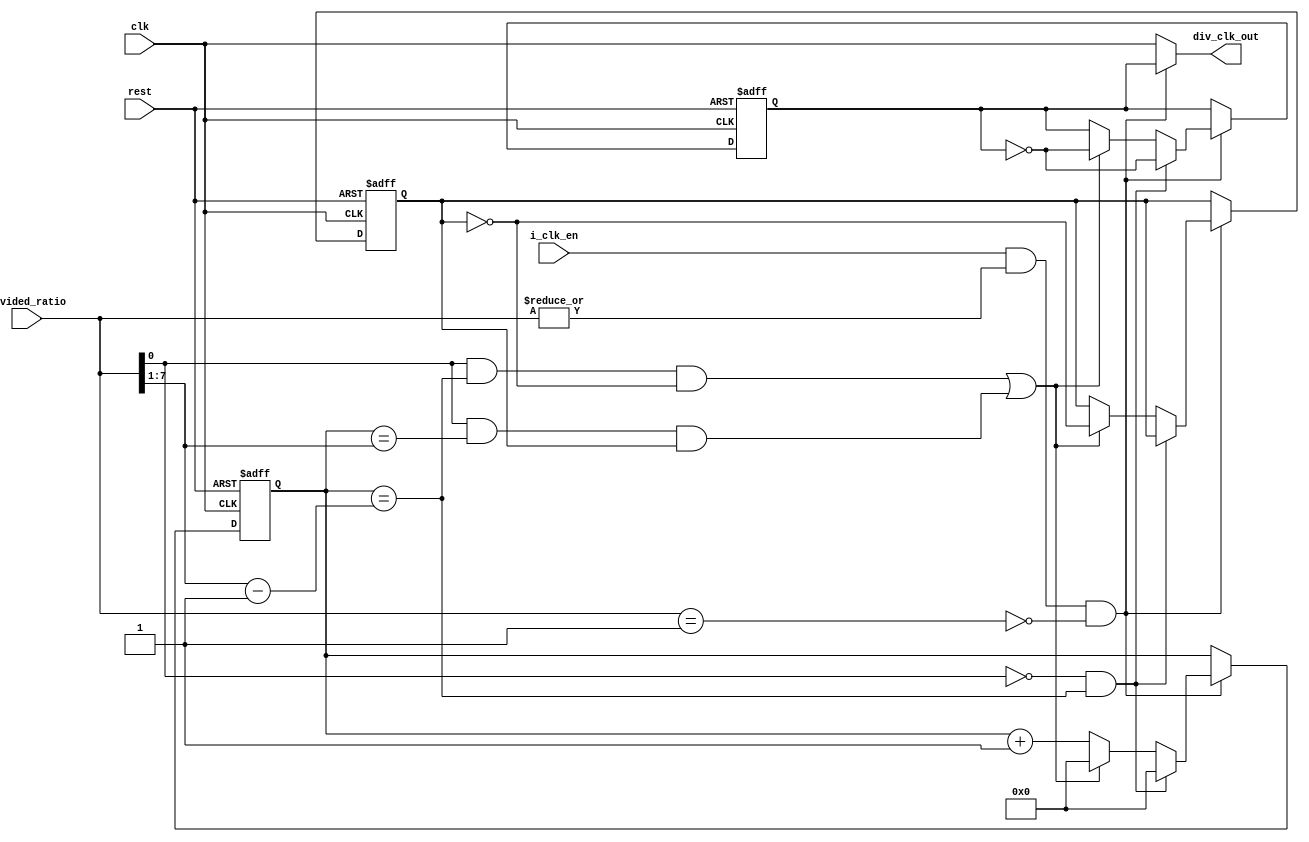
module clock_divider 
#( parameter ratio_width = 8)
(
input wire clk,
input wire rest,
input wire [ratio_width-1:0] divided_ratio,
input wire i_clk_en,
output wire div_clk_out
);


reg toggle_flag;
reg  div_clk;
reg [ratio_width-2:0] counter;
wire [ratio_width-2:0] first_toggle;
wire [ratio_width-2:0] second_toggle;


assign first_toggle = (divided_ratio >> 1)-1;    
assign second_toggle =  (divided_ratio >> 1) ;
assign clk_en = i_clk_en & |divided_ratio & ~(divided_ratio == 1'b1) ; 
assign div_clk_out = clk_en ? div_clk : clk;


always @(posedge clk , negedge rest)
begin
    if(!rest)
        begin
          counter <= 0;
          div_clk <= 0;
          toggle_flag <=0;
		 end
	else if (clk_en)
	   begin
	     if ( divided_ratio[0]==0 && counter==first_toggle)
		    begin
		       counter <= 0;
		       div_clk <= ~div_clk;
		    end
    
	      else if ((divided_ratio[0]==1 &&counter == first_toggle && toggle_flag == 0)||(divided_ratio[0]==1&&counter == second_toggle && toggle_flag ==1))  
		       begin                                                                                                
			    counter <= 0;
				div_clk <= ~ div_clk;
				toggle_flag <= ~ toggle_flag;
		    end
    else 
         counter <= counter + 1 ;	
            
		end   
end
endmodule